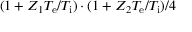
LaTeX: ( 1 + Z _ { 1 } T _ { \mathrm { e } } / T _ { \mathrm { i } } ) \cdot ( 1 + Z _ { 2 } T _ { \mathrm { e } } / T _ { \mathrm { i } } ) / 4